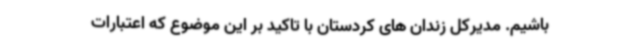
باشیم. مدیرکل زندان های کردستان با تاکید بر این موضوع که اعتبارات